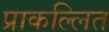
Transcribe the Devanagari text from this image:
प्राकल्लित